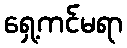
ရှေ့ကင်မရာ